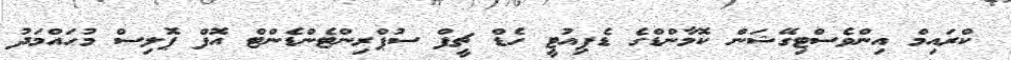
ކްރައިމް އިންވެސްޓިގޭޝަން ކޮމާންޑްގެ ޑެޕިއުޓީ ހެޑް ޗީފް ސުޕްރިންޓެންޑެންޓް އޮފް ޕޮލިސް މުހައްމަދު